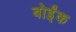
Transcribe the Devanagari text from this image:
बोईंक